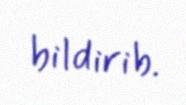
bildirib.